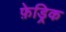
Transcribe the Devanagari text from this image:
फ़ेड्रिक